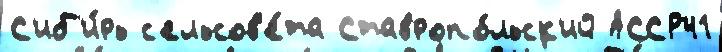
С'иб'и́рь с'ельсов'е́та Ставропо́льск'ий АССР41